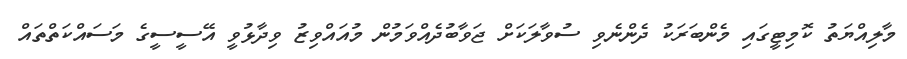
މާލިއްޔަތު ކޮމިޓީގައި މެންބަރަކު ދެންނެވި ސުވާލަކަށް ޖަވާބުދެއްވަމުން މުއައްވިޒު ވިދާޅުވީ އޭސީސީގެ މަސައްކަތްތައް